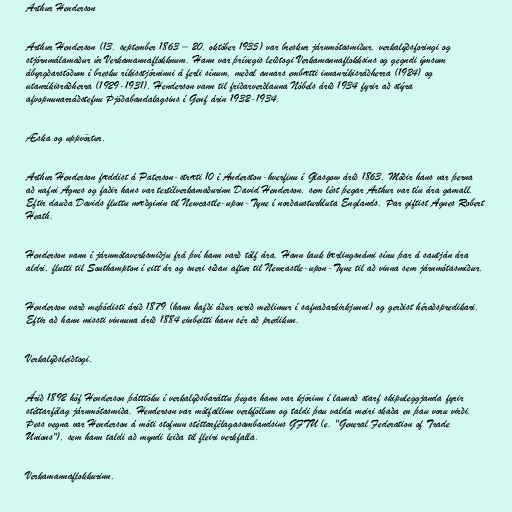
Arthur Henderson

Arthur Henderson (13. september 1863 – 20. október 1935) var breskur járnmótasmiður, verkalýðsforingi og
stjórnmálamaður úr Verkamannaflokknum. Hann var þrívegis leiðtogi Verkamannaflokksins og gegndi ýmsum
ábyrgðarstöðum í bresku ríkisstjórninni á ferli sínum, meðal annars embætti innanríkisráðherra (1924) og
utanríkisráðherra (1929-1931). Henderson vann til friðarverðlauna Nóbels árið 1934 fyrir að stýra
afvopnunarráðstefnu Þjóðabandalagsins í Genf árin 1932-1934.

Æska og uppvöxtur.

Arthur Henderson fæddist á Paterson-stræti 10 í Anderston-hverfinu í Glasgow árið 1863. Móðir hans var þerna
að nafni Agnes og faðir hans var textílverkamaðurinn David Henderson, sem lést þegar Arthur var tíu ára gamall.
Eftir dauða Davids fluttu mæðginin til Newcastle-upon-Tyne í norðausturhluta Englands. Þar giftist Agnes Robert
Heath.

Henderson vann í járnmótaverksmiðju frá því hann varð tólf ára. Hann lauk lærlingsnámi sínu þar á sautján ára
aldri, flutti til Southampton í eitt ár og sneri síðan aftur til Newcastle-upon-Tyne til að vinna sem járnmótasmiður.

Henderson varð meþódisti árið 1879 (hann hafði áður verið meðlimur í safnaðarkirkjunni) og gerðist héraðspredikari.
Eftir að hann missti vinnuna árið 1884 einbeitti hann sér að predikun.

Verkalýðsleiðtogi.

Árið 1892 hóf Henderson þátttöku í verkalýðsbaráttu þegar hann var kjörinn í launað starf skipuleggjanda fyrir
stéttarfélag járnmótasmiða. Henderson var mótfallinn verkföllum og taldi þau valda meiri skaða en þau voru virði.
Þess vegna var Henderson á móti stofnun stéttarfélagasambandsins GFTU (e. "General Federation of Trade
Unions"), sem hann taldi að myndi leiða til fleiri verkfalla.

Verkamannaflokkurinn.